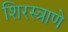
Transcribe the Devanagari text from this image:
शिरस्त्राणे